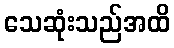
သေဆုံးသည်အထိ